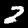
Digit: 2